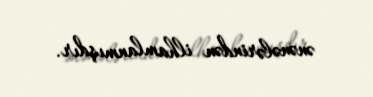
ənənələrindən ilhamlanmışdır.